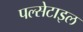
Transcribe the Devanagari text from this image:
पल्सेटाइल